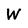
Character: W